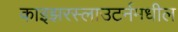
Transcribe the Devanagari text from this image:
काइझरस्लाउटर्नमधील